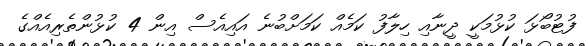
ފުޓުބޯޅަ ކުޅުމަކީ ދީނާއި ހިލާފު ކަމެއް ކަމަށްބުނެ އައިއެސް އިން 4 ކުޅުންތެރިއެއްގެ